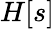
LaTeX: H[s]